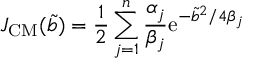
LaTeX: { \cal J } _ { \mathrm { C M } } ( \tilde { b } ) = { \frac { 1 } { 2 } } \sum _ { j = 1 } ^ { n } { \frac { \alpha _ { j } } { \beta _ { j } } } \mathrm { e } ^ { - { \tilde { b } } ^ { 2 } / 4 \beta _ { j } } ~